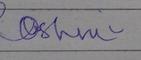
Signature authenticity: forged